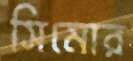
সিমোর